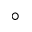
^ \circ